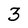
Character: 3